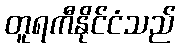
တူရကီနိုင်ငံသည်